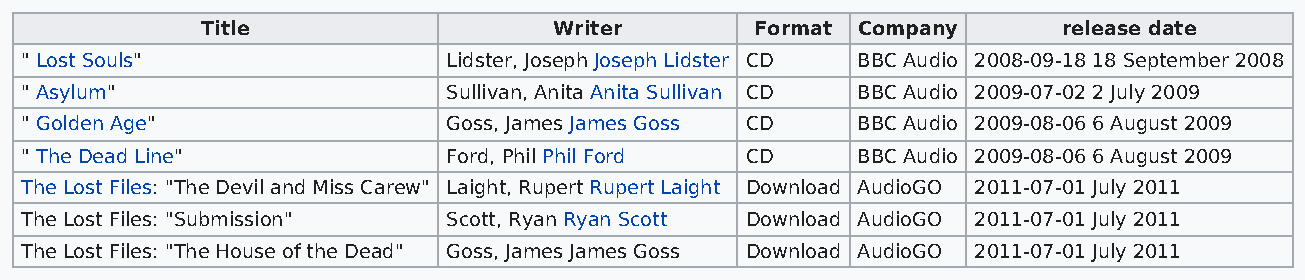
Title                   Writer       Format Company      release date
 " Lost Souls"                Lidster, Joseph Joseph Lidster CD BBC Audio 2008-09-18 18 September 2008
 " Asylum"                    Sullivan, Anita Anita Sullivan CD BBC Audio 2009-07-02 2 July 2009
 " Golden Age"                Goss, James James Goss CD  BBC Audio 2009-08-06 6 August 2009
 " The Dead Line"             Ford, Phil Phil Ford CD    BBC Audio 2009-08-06 6 August 2009
 The Lost Files: "The Devil and Miss Carew" Laight, Rupert Rupert Laight Download AudioGO 2011-07-01 July 2011
 The Lost Files: "Submission" Scott, Ryan Ryan Scott Download AudioGO 2011-07-01 July 2011
 The Lost Files: "The House of the Dead" Goss, James James Goss Download AudioGO 2011-07-01 July 2011